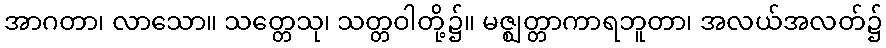
အာဂတာ၊ လာသော။ သတ္တေသု၊ သတ္တဝါတို့၌။ မဇ္ဈတ္တာကာရဘူတာ၊ အလယ်အလတ်၌